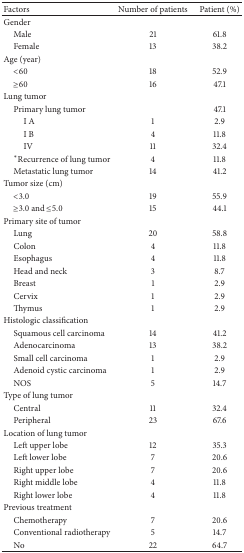
| Factors | Number of patients | Patient (%) |
 | --- | --- | --- |
 | Gender |  |  |
 | Male | 21 | 61.8 |
 | Female | 13 | 38.2 |
 | Age (year) |  |  |
 | <60 | 18 | 52.9 |
 | ≥60 | 16 | 47.1 |
 | Lung tumor |  |  |
 | Primary lung tumor |  | 47.1 |
 | I A | 1 | 2.9 |
 | I B | 4 | 11.8 |
 | IV | 11 | 32.4 |
 | *Recurrence of lung tumor | 4 | 11.8 |
 | Metastatic lung tumor | 14 | 41.2 |
 | Tumor size (cm) |  |  |
 | <3.0 | 19 | 55.9 |
 | ≥3.0 and ≤5.0 | 15 | 44.1 |
 | Primary site of tumor |  |  |
 | Lung | 20 | 58.8 |
 | Colon | 4 | 11.8 |
 | Esophagus | 4 | 11.8 |
 | Head and neck | 3 | 8.7 |
 | Breast | 1 | 2.9 |
 | Cervix | 1 | 2.9 |
 | Thymus | 1 | 2.9 |
 | Histologic classification |  |  |
 | Squamous cell carcinoma | 14 | 41.2 |
 | Adenocarcinoma | 13 | 38.2 |
 | Small cell carcinoma | 1 | 2.9 |
 | Adenoid cystic carcinoma | 1 | 2.9 |
 | NOS | 5 | 14.7 |
 | Type of lung tumor |  |  |
 | Central | 11 | 32.4 |
 | Peripheral | 23 | 67.6 |
 | Location of lung tumor |  |  |
 | Left upper lobe | 12 | 35.3 |
 | Left lower lobe | 7 | 20.6 |
 | Right upper lobe | 7 | 20.6 |
 | Right middle lobe | 4 | 11.8 |
 | Right lower lobe | 4 | 11.8 |
 | Previous treatment |  |  |
 | Chemotherapy | 7 | 20.6 |
 | Conventional radiotherapy | 5 | 14.7 |
 | No | 22 | 64.7 |